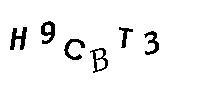
H9CBT3